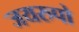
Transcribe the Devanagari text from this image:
जयरुपो